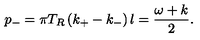
p _ { - } = \pi T _ { R } \left( k _ { + } - k _ { - } \right) l = { \frac { \omega + k } { 2 } } .